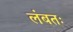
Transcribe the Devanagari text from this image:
लंबतः